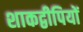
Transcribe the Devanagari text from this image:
शाकद्वीपियों